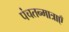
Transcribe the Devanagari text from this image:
पंचतन्मात्राएँ